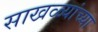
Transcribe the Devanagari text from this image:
साखळ्यांच्या